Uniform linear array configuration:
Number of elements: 8
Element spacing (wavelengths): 0.5
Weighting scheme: hann
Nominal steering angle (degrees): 45
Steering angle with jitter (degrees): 45.144
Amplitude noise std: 0.05
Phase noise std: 0.05

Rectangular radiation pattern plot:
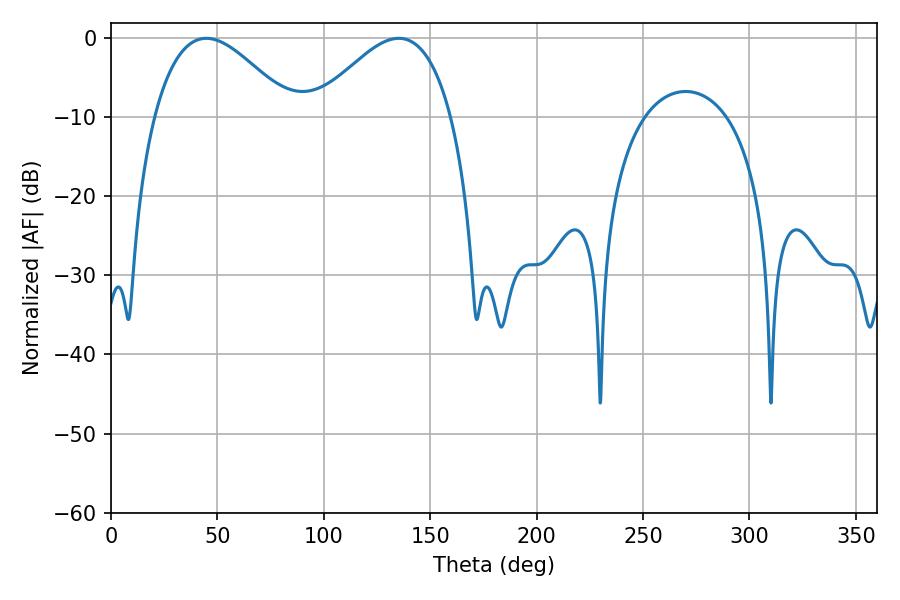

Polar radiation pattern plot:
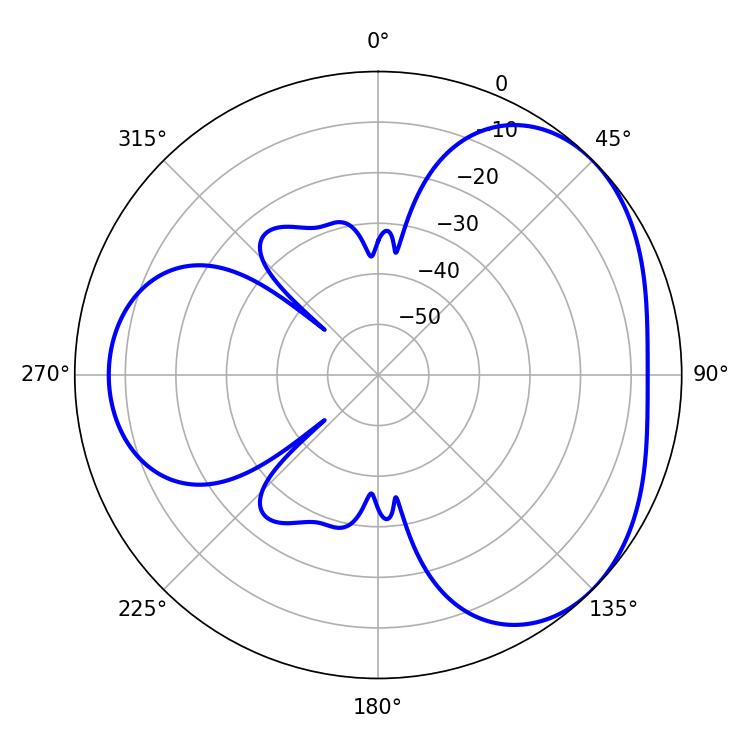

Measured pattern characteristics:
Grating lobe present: FALSE
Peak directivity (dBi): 3.606
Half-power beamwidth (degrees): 35.1
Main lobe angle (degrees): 44.82